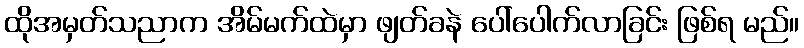
ထိုအမှတ်သညာက အိမ်မက်ထဲမှာ ဖျတ်ခနဲ ပေါ်ပေါက်လာခြင်း ဖြစ်ရ မည်။